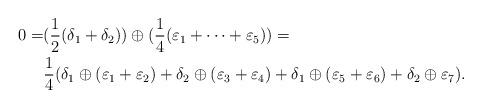
LaTeX: \begin{align*}0 = &(\frac{1}{2}(\delta_1 + \delta_2)) \oplus(\frac{1}{4}(\varepsilon_1 + \dots + \varepsilon_5)) = \\&\frac{1}{4}(\delta_1 \oplus(\varepsilon_1 + \varepsilon_2) + \delta_2 \oplus (\varepsilon_3 + \varepsilon_4) + \delta_1 \oplus (\varepsilon_5 + \varepsilon_6) + \delta_2 \oplus \varepsilon_7).\end{align*}